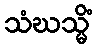
သံဃသ္မိံ